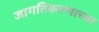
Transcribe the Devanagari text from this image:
जागतिकरणाच्या